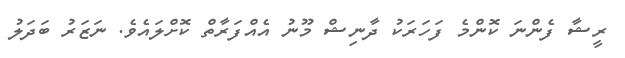
ރީޝާ ފެންނަ ކޮންމެ ފަހަރަކު ދާނިޝް މޫނު އެއްފަރާތް ކޮށްލައެވެ. ނަޒަރު ބަދަލު